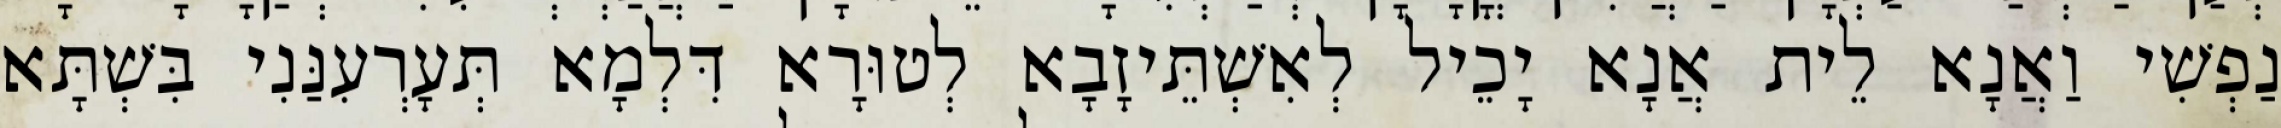
נַפְשִׁי וַאֲנָא לֵית אֲנָא יָכֵיל לְאִשְׁתֵּיזָבָא לְטוּרָא דִּלְמָא תְּעָרְעִנַּנִי בִּשְׁתָּא